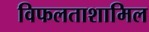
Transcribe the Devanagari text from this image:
विफलताशामिल